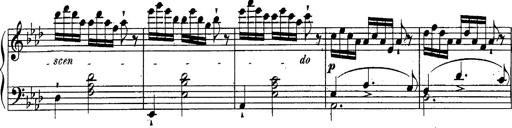
Title: Schubert's Impromptus [revised and edited by Franz Liszt]
Composer: Franz Liszt